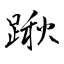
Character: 踿